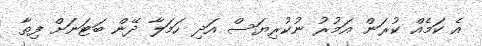
އެ ކަމެއް ކުރަން އަމުރު ނުކުރިޔަސް އަދި ހަމަލާ ދޭން ބަޓަނަށް ފިތާ